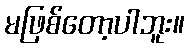
မဖြစ်တော့ပါဘူး။